Indian journal of veterinary science and animal husbandry - Volume 6,
Year: 1936
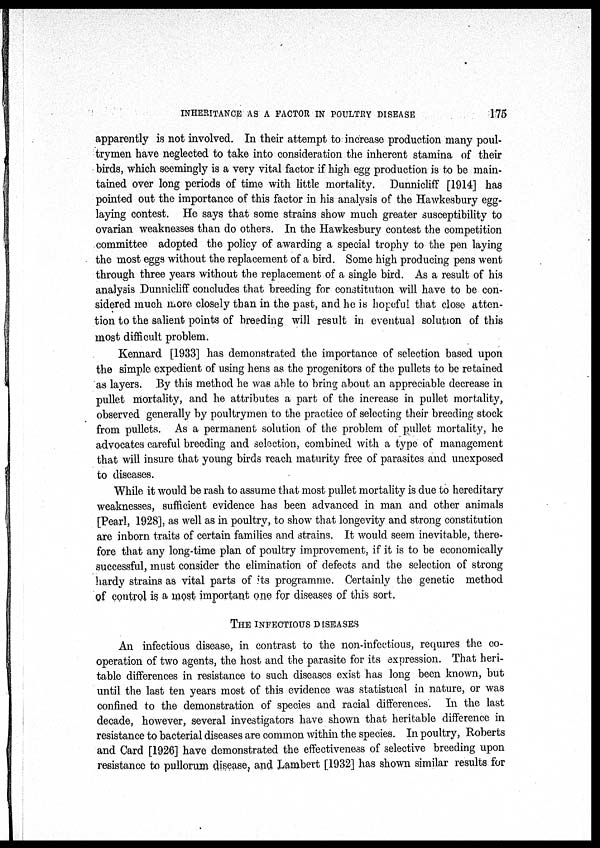
INHERITANCE AS A FACTOR IN POULTRY DISEASE
175
apparently is not involved. In their attempt to increase production many poul¬
trymen have neglected to take into consideration the inherent stamina of their
birds, which seemingly is a very vital factor if high egg production is to be main-
tained over long periods of time with little mortality. Dunnicliff [1914] has
pointed out the importance of this factor in. his analysis of the Hawkesbury egg-
laying contest. He says that some strains show much greater susceptibility to
ovarian weaknesses than do others. In the Hawkesbury contest the competition
committee, adopted the policy of awarding a special trophy to the pen laying
the most eggs without the replacement of a bird. Some high producing pens went
through three years without the replacement of a single bird. As a result of his
analysis Dunnicliff concludes that breeding for constitution will have to be con-
sidered much more closely than in the past, and he is hopeful that close atten-
tion to the salient points of breeding will result in eventual solution of this
most difficult problem.
Kennard [1933] has demonstrated the importance of selection based upon
the simple expedient of using hens as the progenitors of the pullets to be retained
as layers. By this method he was able to bring about an appreciable decrease in
pullet mortality, and he attributes a part of the increase in pullet mortality,
observed generally by poultrymen to the practice of selecting their breeding stock
from pullets. As a permanent solution of the problem of pullet mortality, he
advocates careful breeding and selection, combined with a type of management
that will insure that young birds reach maturity free of parasites and unexposed
to diseases.
While it would be rash to assume that most pullet mortality is due to hereditary
weaknesses, sufficient evidence has been advanced in man and other animals
[Pearl, 1928], as well as in poultry, to show that longevity and strong constitution
are inborn traits of certain families and strains. It would seem inevitable, there-
fore that any long-time plan of poultry improvement, if it is to be economically
successful, must consider the elimination of defects and the selection of strong
hardy strains as vital parts of its programme. Certainly the genetic method
of control is a most important one for diseases of this sort.
THE INFECTIOUS DISEASES
An infectious disease, in contrast to the non-infectious, requires the co-
operation of two agents, the host and the parasite for its expression. That heri-
table differences in resistance to such diseases exist has long been known, but
until the last ten years most of this evidence was statistical in nature, or was
confined to the demonstration of species and racial differences. In the last
decade, however, several investigators have shown that heritable difference in
resistance to bacterial diseases are common within the species. In poultry, Roberts
and Card [1926] have demonstrated the effectiveness of selective breeding upon
resistance to pullorum disease, and Lambert [1932] has shown similar results for